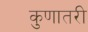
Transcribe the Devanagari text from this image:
कुणातरी